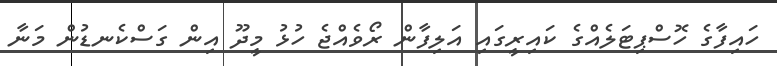
ހައިފާގެ ހޮސްޕިޓަލެއްގެ ކައިރީގައި އަލިފާން ރޯވެއްޖެ ހުޅު މީދޫ އިން ގަސްކެނޑުން މަނާ